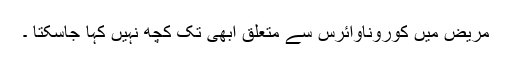
مریض میں کوروناوائرس سے متعلق ابھی تک کچھ نہیں کہا جاسکتا ۔